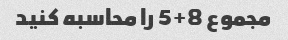
مجموع 8+5 را محاسبه کنید